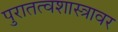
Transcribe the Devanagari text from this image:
पुरातत्वशास्त्रावर